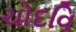
ચોદવિ